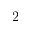
2